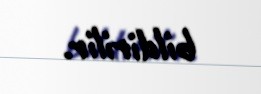
bildirilir.